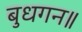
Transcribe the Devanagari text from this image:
बुधगन॥